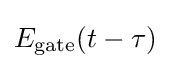
E_{\text{gate}}(t-\tau )